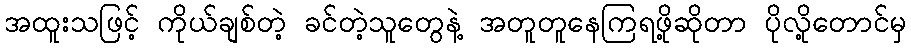
အထူးသဖြင့် ကိုယ်ချစ်တဲ့ ခင်တဲ့သူတွေနဲ့ အတူတူနေကြရဖို့ဆိုတာ ပိုလို့တောင်မှ